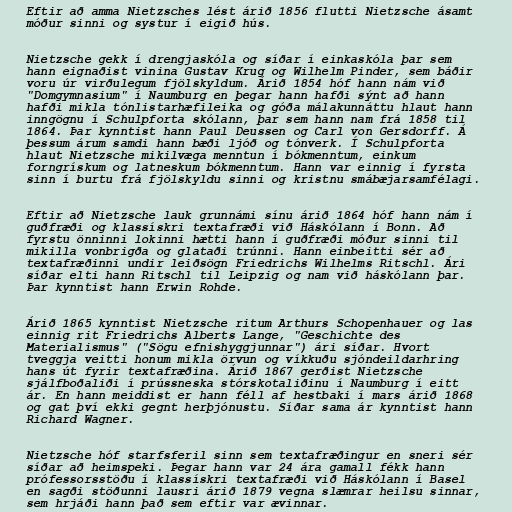
Eftir að amma Nietzsches lést árið 1856 flutti Nietzsche ásamt
móður sinni og systur í eigið hús.

Nietzsche gekk í drengjaskóla og síðar í einkaskóla þar sem
hann eignaðist vinina Gustav Krug og Wilhelm Pinder, sem báðir
voru úr virðulegum fjölskyldum. Árið 1854 hóf hann nám við
"Domgymnasium" í Naumburg en þegar hann hafði sýnt að hann
hafði mikla tónlistarhæfileika og góða málakunnáttu hlaut hann
inngögnu í Schulpforta skólann, þar sem hann nam frá 1858 til
1864. Þar kynntist hann Paul Deussen og Carl von Gersdorff. Á
þessum árum samdi hann bæði ljóð og tónverk. Í Schulpforta
hlaut Nietzsche mikilvæga menntun í bókmenntum, einkum
forngrískum og latneskum bókmenntum. Hann var einnig í fyrsta
sinn í burtu frá fjölskyldu sinni og kristnu smábæjarsamfélagi.

Eftir að Nietzsche lauk grunnámi sínu árið 1864 hóf hann nám í
guðfræði og klassískri textafræði við Háskólann í Bonn. Að
fyrstu önninni lokinni hætti hann í guðfræði móður sinni til
mikilla vonbrigða og glataði trúnni. Hann einbeitti sér að
textafræðinni undir leiðsögn Friedrichs Wilhelms Ritschl. Ári
síðar elti hann Ritschl til Leipzig og nam við háskólann þar.
Þar kynntist hann Erwin Rohde.

Árið 1865 kynntist Nietzsche ritum Arthurs Schopenhauer og las
einnig rit Friedrichs Alberts Lange, "Geschichte des
Materialismus" ("Sögu efnishyggjunnar") ári síðar. Hvort
tveggja veitti honum mikla örvun og víkkuðu sjóndeildarhring
hans út fyrir textafræðina. Árið 1867 gerðist Nietzsche
sjálfboðaliði í prússneska stórskotaliðinu í Naumburg í eitt
ár. En hann meiddist er hann féll af hestbaki í mars árið 1868
og gat því ekki gegnt herþjónustu. Síðar sama ár kynntist hann
Richard Wagner.

Nietzsche hóf starfsferil sinn sem textafræðingur en sneri sér
síðar að heimspeki. Þegar hann var 24 ára gamall fékk hann
prófessorsstöðu í klassískri textafræði við Háskólann í Basel
en sagði stöðunni lausri árið 1879 vegna slæmrar heilsu sinnar,
sem hrjáði hann það sem eftir var ævinnar.